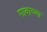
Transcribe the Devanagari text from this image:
गावाच्‍या